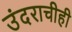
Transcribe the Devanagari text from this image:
उंदराचीही